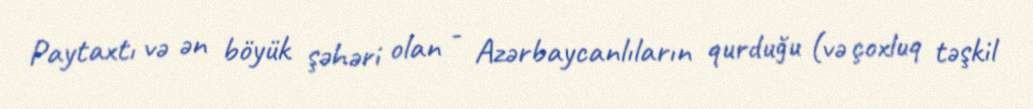
Paytaxtı və ən böyük şəhəri olan - Azərbaycanlıların qurduğu (və çoxluq təşkil